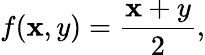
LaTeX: f(\mathbf{x},y)={\frac{{\mathbf{x}+y}}{{2}}},